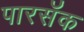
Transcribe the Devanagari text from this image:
पारसॅक